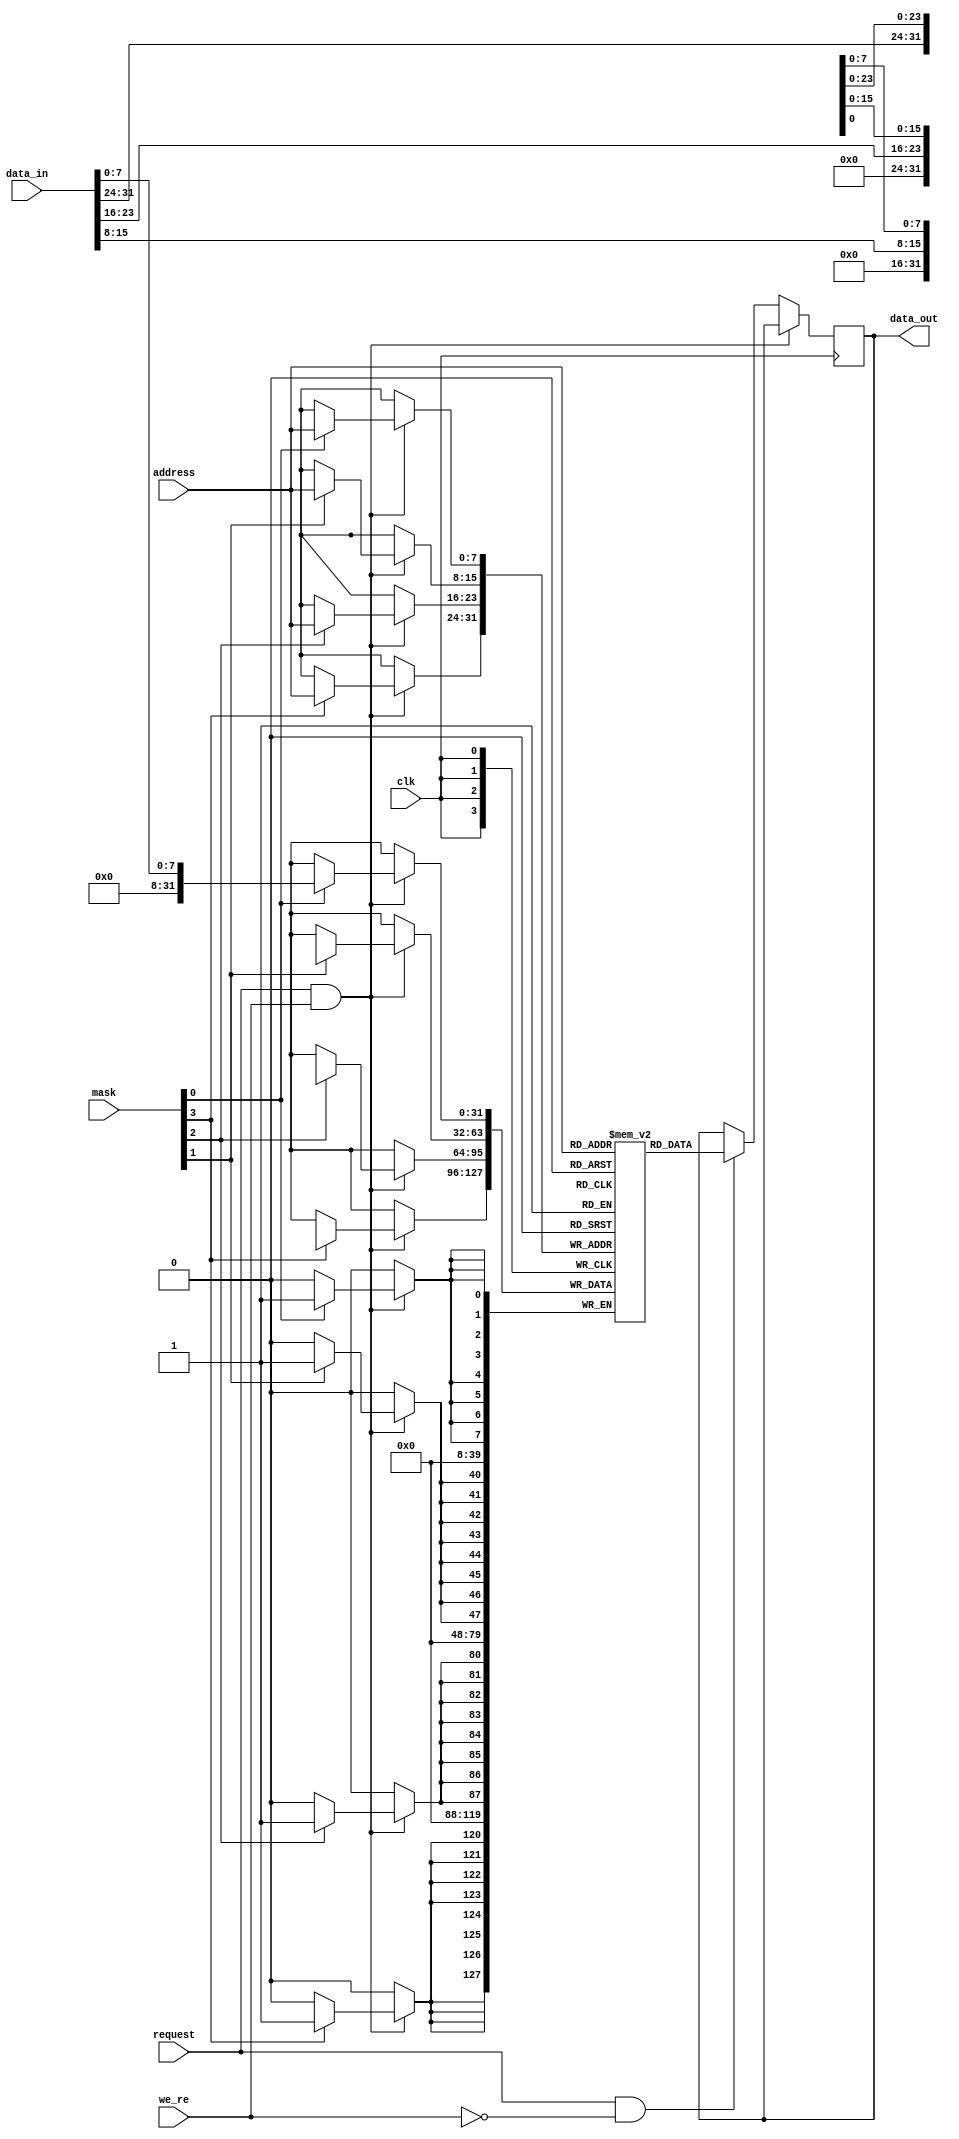
module memory#(
    parameter INIT_MEM = 0
)(
    input wire clk,
    input wire we_re,
    input wire request,
    input wire [7:0]address,
    input wire [31:0]data_in,
    input wire [3:0]mask,

    output reg [31:0]data_out
);

    reg [31:0] mem [0:255];

    initial begin
        if (INIT_MEM)
            $readmemh("tb/instr.mem",mem);
    end

    always @(posedge clk) begin
        if (request && we_re) begin
            if(mask[0]) begin
                mem[address][7:0] <= data_in[7:0];
            end
            if(mask[1]) begin
                mem[address][15:8] <= data_in[15:8];
            end
            if(mask[2]) begin
                mem[address][23:16] <= data_in[23:16];
            end
            if(mask[3]) begin
                mem[address][31:24] <= data_in[31:24];
            end
        end

        else begin
            if (request && !we_re) begin
                data_out <= mem[address];
            end
        end
    end
endmodule